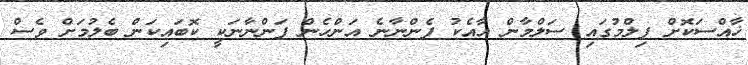
ޚާއްސަކޮށް ފިލްމުގައި ސަލްމާން އާއެކު ފެންނާނެ އަންހެން ފަންނާނަކީ ކޮބައިކަން ބެލުމަށް ވެސް